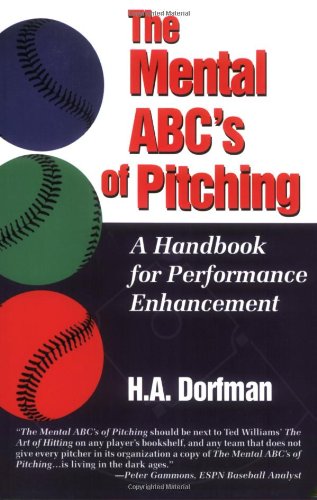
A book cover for The Mental ABC's of Pitching: A Handbook for Performance Enhancement; H. A. Dorfman; Sports & Outdoors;